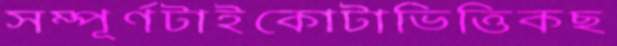
সম্পূর্ণটাইকোটাভিত্তিকছ